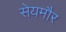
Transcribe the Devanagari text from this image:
सेयमौर